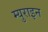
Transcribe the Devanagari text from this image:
म्युराइन